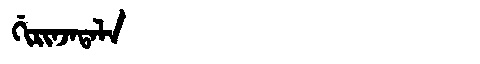
Manchu: ᡤᡳᡵᡳᠨᠵᠠᡨᠠᠯᠠ
Romanization: GIRINJATALA